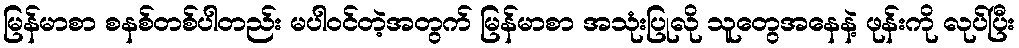
မြန်မာစာ စနစ်တစ်ပါတည်း မပါဝင်တဲ့အတွက် မြန်မာစာ အသုံးပြုလို သူတွေအနေနဲ့ ဖုန်းကို လုပ်ပြီး